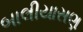
બાલીયાસણ